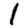
Digit: 1